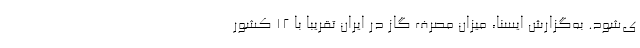
ی‌شود. به‌گزارش ایسنا، میزان مصرف گاز در ایران تقریبا با ۱۲ کشور